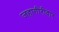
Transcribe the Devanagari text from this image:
जहागीरीदार